Plague in India, 1896, 1897 - Volume 3
Year: 1896
Disease focus: Plague
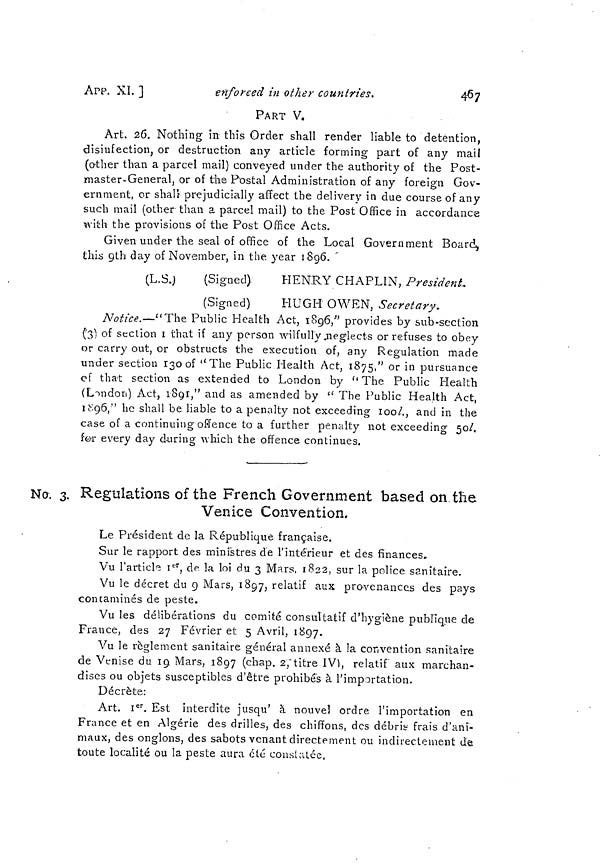
APP. XI. ]
enforced in other countries.
467
PART V.
Art. 26. Nothing in this Order shall render liable to detention,
disinfection, or destruction any article forming part of any mail
(other than a parcel mail) conveyed under the authority of the Post-
master-General, or of the Postal Administration of any foreign Gov-
ernment, or shall prejudicially affect the delivery in due course of any
such mail (other than a parcel mail) to the Post Office in accordance
with the provisions of the Post Office Acts.
Given under the seal of office of the Local Government Board,
this 9th day of November, in the year 1896.
(L.S.)
(Signed)
(Signed)
HENRY CHAPLIN, President-
HUGH OWEN, Secretary.
Notice.—"The Public Health Act, 1896," provides by sub-section
(3) of section 1 that if any person wilfully neglects or refuses to obey
or carry out, or obstructs the execution of, any Regulation made
under section 130 of "The Public Health Act, 1875," or in pursuance
of that section as extended to London by " The Public Health
(London) Act, 1891," and as amended by " The Public Health Act,
1896," he shall be liable to a penalty not exceeding 100l., and in the
case of a continuing offence to a further penalty not exceeding 50l.
for every day during which the offence continues.
No. 3. Regulations of the French Government based on the
Venice Convention.
Le Président de la République française.
Sur le rapport des ministres de l'intérieur et des finances.
Vu l'article 1er, de la loi du 3 Mars, 1822, sur la police sanitaire.
Vu le décret du 9 Mars, 1897, relatif aux provenances des pays
contaminés de peste.
Vu les délibérations du comité consultatif d'hygiène publique de
France, des 27 Février et 5 Avril, 1897.
Vu le règlement sanitaire général annexé à la convention sanitaire
de Venise du 19. Mars, 1897 (chap. 2, titre IV), relatif aux marchan-
dises ou objets susceptibles d'être prohibés à l'importation.
Décrète:
Art. 1 er . Est interdite jusqu' à nouvel ordre l'importation en
France et en Algérie des drilles, des chiffons, des débris frais d'ani-
maux, des onglons, des sabots venant directement ou indirectement de
toute localité ou la peste aura été constatée.